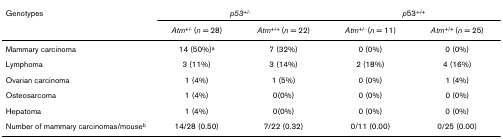
<table><thead><tr><td><b>Genotypes</b></td><td colspan="2"><b><i>p53</i><sup>+/-</sup></b></td><td colspan="2"><b><i>p</i>53<sup>+/+</sup></b></td></tr><tr><td></td><td><b><i>Atm</i><sup>+/- </sup>(<i>n </i>= 28)</b></td><td><b><i>Atm</i><sup>+/+ </sup>(<i>n </i>= 22)</b></td><td><b><i>Atm</i><sup>+/- </sup>(<i>n </i>= 11)</b></td><td><b><i>Atm</i><sup>+/+ </sup>(<i>n </i>= 25)</b></td></tr></thead><tbody><tr><td>Mammary carcinoma</td><td>14 (50%)<sup>a</sup></td><td>7 (32%)</td><td>0 (0%)</td><td>0 (0%)</td></tr><tr><td>Lymphoma</td><td>3 (11%)</td><td>3 (14%)</td><td>2 (18%)</td><td>4 (16%)</td></tr><tr><td>Ovarian carcinoma</td><td>1 (4%)</td><td>1 (5%)</td><td>0 (0%)</td><td>1 (4%)</td></tr><tr><td>Osteosarcoma</td><td>1 (4%)</td><td>0(0%)</td><td>0 (0%)</td><td>0 (0%)</td></tr><tr><td>Hepatoma</td><td>1 (4%)</td><td>0(0%)</td><td>0 (0%)</td><td>0 (0%)</td></tr><tr><td>Number of mammary carcinomas/mouse<sup>b</sup></td><td>14/28 (0.50)</td><td>7/22 (0.32)</td><td>0/11 (0.00)</td><td>0/25 (0.00)</td></tr></tbody></table>